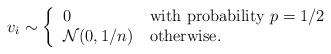
LaTeX: \begin{align*}v_i \sim \left\{\begin{tabular}{ll}0 & with probability $p=1/2$ \\$\mathcal{N}(0, 1/n)$ & otherwise.\end{tabular}\right.\end{align*}